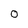
Character: O